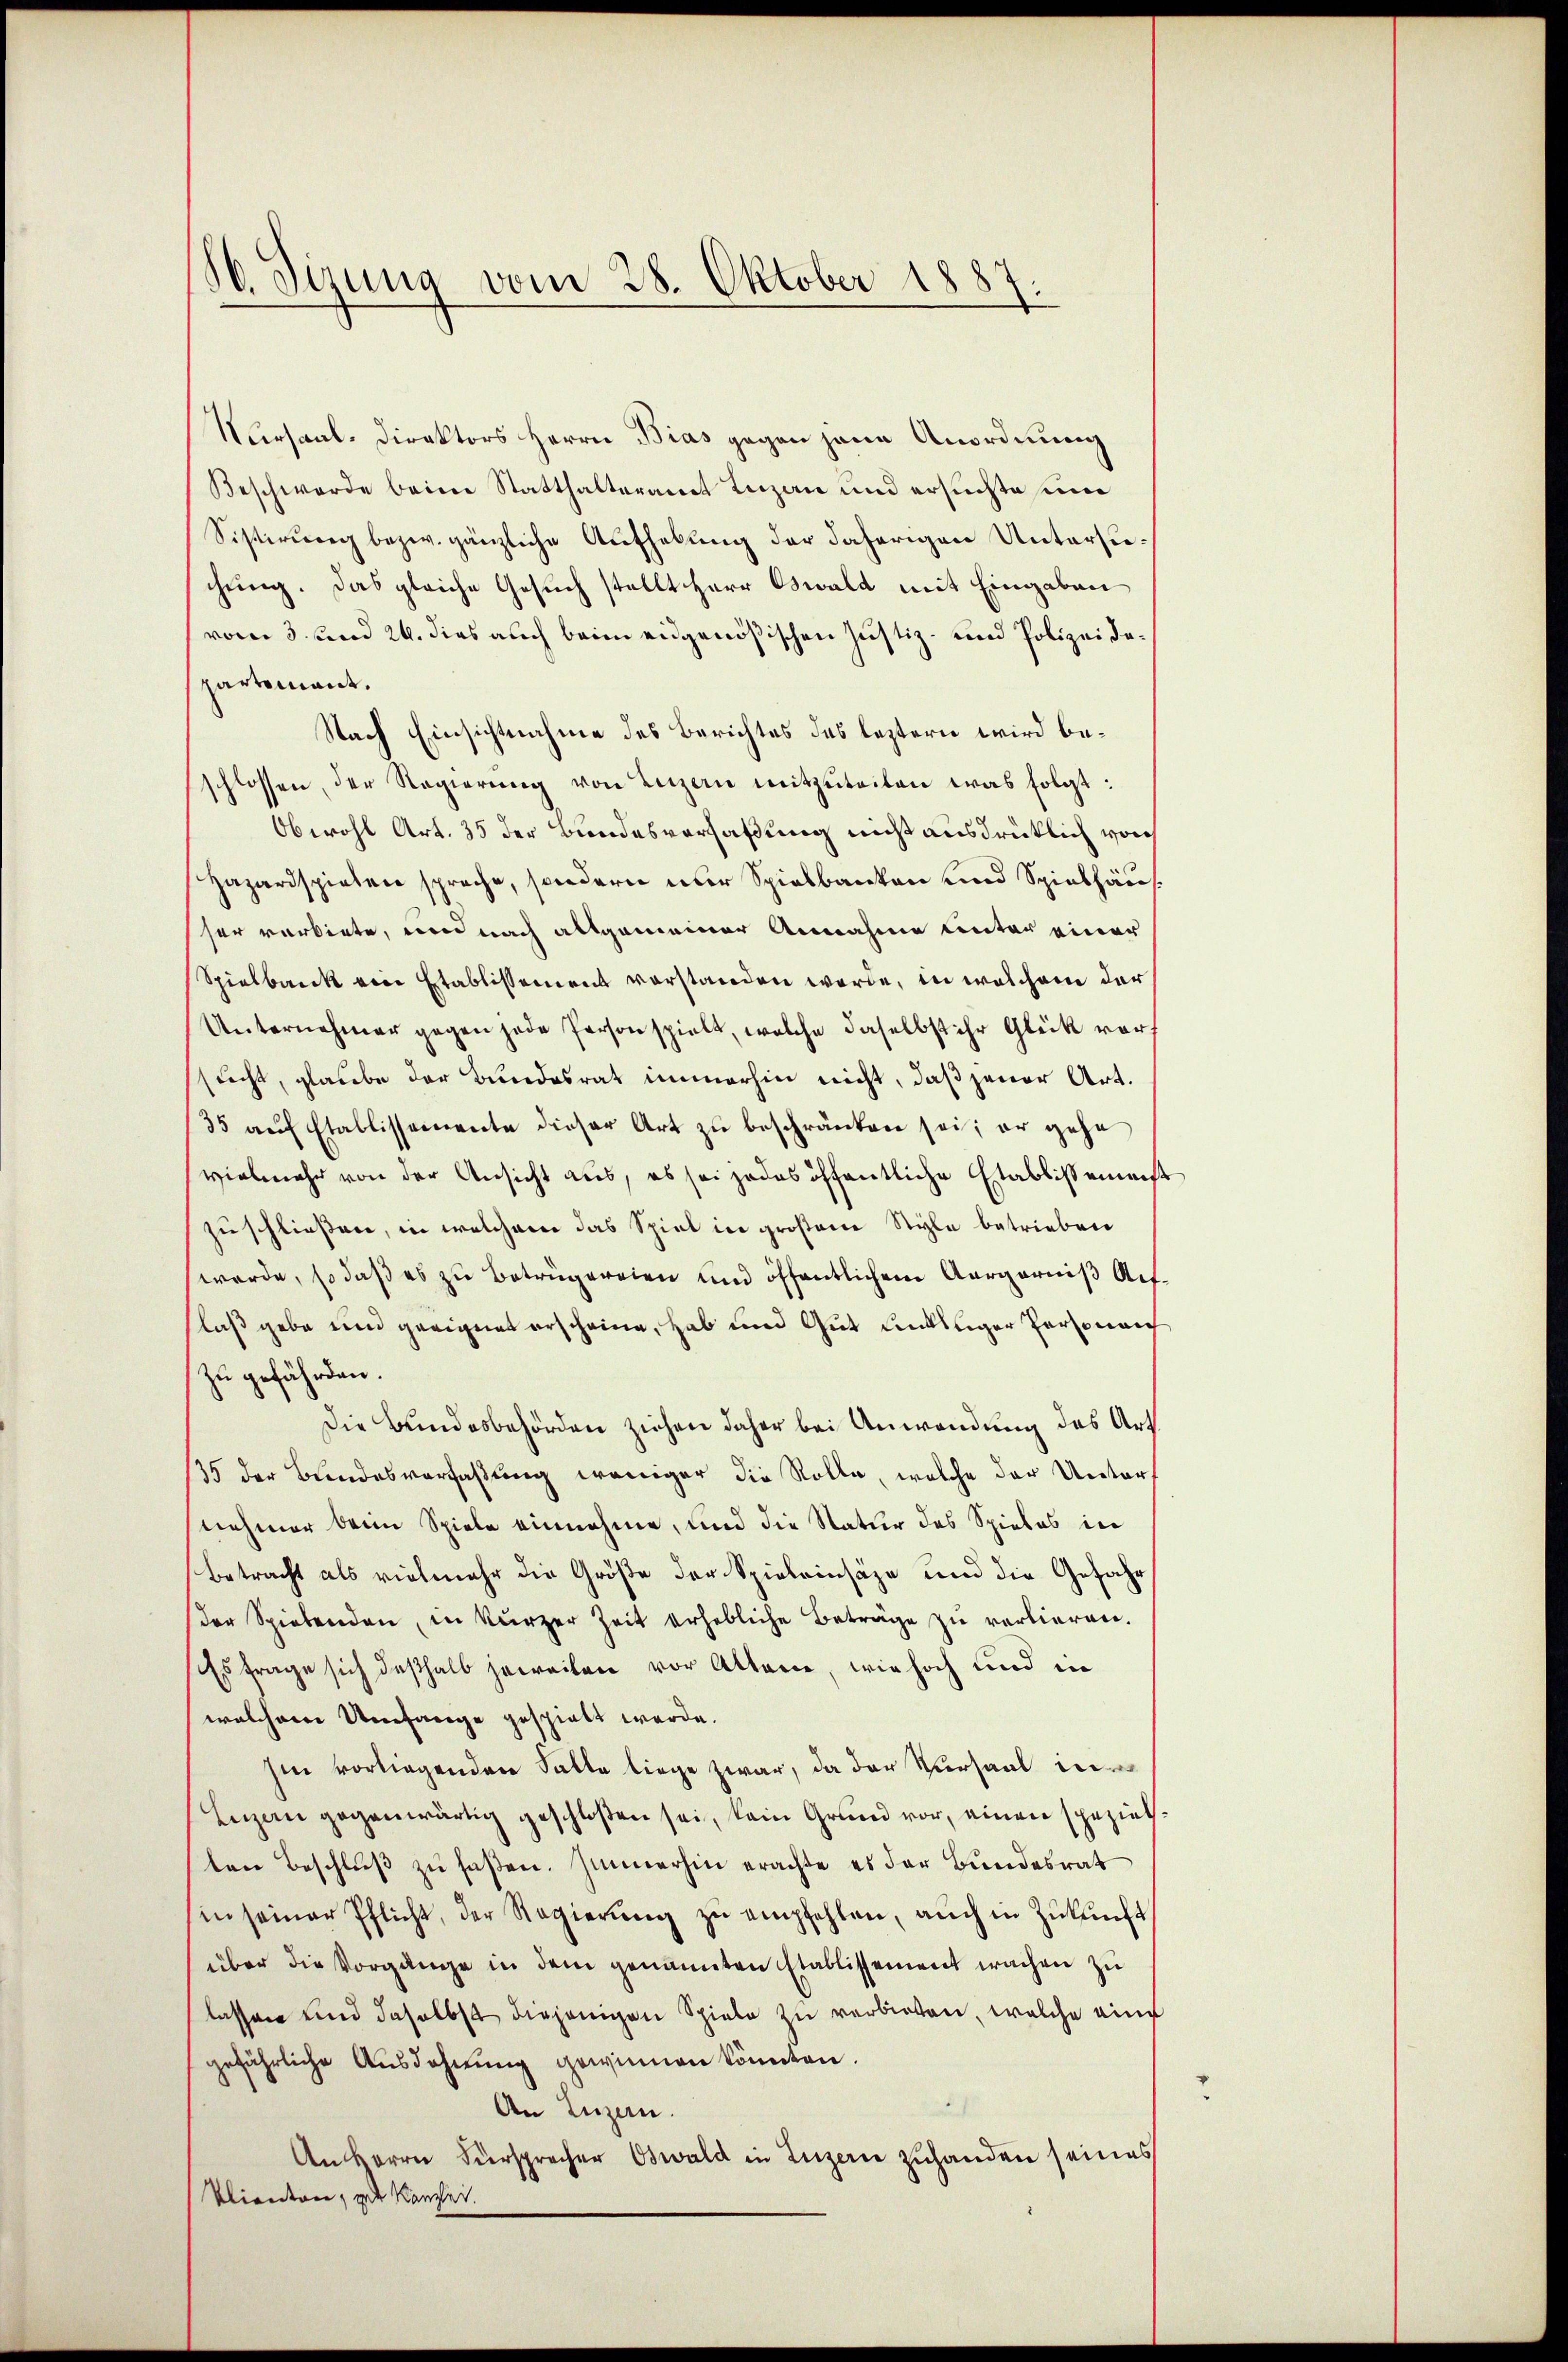
16. Sizung vom 28. Oktober 1887.

Versaal-Direktors Herrn Bias gegen jene Anordnung
Beschwerde beim Statthalteramt Luzern und ersuchte um
Sistirung bezw. gänzliche Aufhebung der daherigen Untersuchung. Das gleiche Gesuch stellt Herr Oswald mit Eingaben
vom 3. und 24. dies auch beim eidgenößischen Justiz- und Polizeidepartement.
Nach Einsichtnahme des Berichtes das leztern wird beschlossen, der Regierung von Luzern mitzuteilen was folgt:
Obwohl Art. 35 der Bundesverfaßung nicht ausdrücklich von
Hazardspielen spreche, sondern nur Spielbanken und Spielhäus
ser verbiete, und nach allgemeiner Annahme unter einer
Spielbank ein Etablissement vorstanden werde, in welchem der
Unternehmer gegen jede Person spielt, welche daselbst ihr Glück vorsucht, glaube der Bundesrat immerhin nicht, daß jener Art.
35 auf Etablissemente dieser Art zu beschränken sei; er gehe
vielmehr von der Ansicht aus, es sei jedes öffentliche Etablissemest
zuschließen, in welchem das Spiel in großem Style betrieben
werde, so daß es zu betrügereien und öffentlichem Aargarniß Act.
laß gebe und geeignet erscheine, hab und Gut unkluger Personen
zu gefährden.
Die Bundesbehörden ziehen daher bei Anwendung des Art.
135 der Bundesverfaßung weniger die Rolle, welche der Unternehmer beim Spiele einnahme, und die Natur des Spieles in
Betracht als vielmehr die Größe der Spieleinsäze und die Gefahr
der Spielenden, in kurzer Zeit erhebliche Beträge zu verlieren.
Es frage sich deßhalb jeweiten vor Altern, wie hoch und in
welchem Umfange gespielt werde.
hin vorliegenden Falle liege zwar, da der Versaal in
Luzern gegenwärtig geschloßen sei, kein Grund vor, einen speziethten Beschlŭβ zŭ faßen. Immerhin erachte es der Bundesrat
in seiner Pflicht, der Regierŭng zŭ empfehlen, aŭch in Zŭkŭnft
über die Vorgange in dem genannten Etablissement wachen zu
lassen und daselbst diejenigen Spiele zu verbieten, welche eine
gefährliche Ausdehnung gewinnen könnten.
An Luzern.
An Herrn Fürsprecher Oswald in Luzern zuhanden seines
Vlienderen, zur Kanzlei.